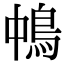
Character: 𩿀